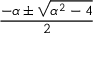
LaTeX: \frac { - \alpha \pm { \sqrt { \alpha ^ { 2 } - 4 } } } { 2 }